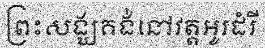
ព្រះសង្ឃគង់នៅវត្តអូរដំរី